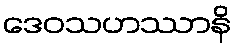
ဒေဝသဟဿာနိ